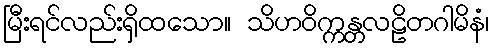
မြီးရင်လည်းရှိထသော။ သိဟဝိက္ကန္တလဠိတဂါမိနံ၊